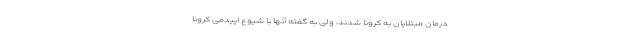
درمان مبتلایان به کرونا شدند، ولی به گفته آنها با شیوع اپیدمی کرونا